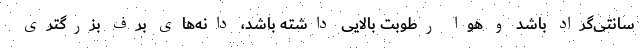
سانتی‌گراد باشد و هوا رطوبت بالایی داشته باشد، دانه‌های برف بزرگتری